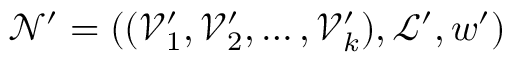
\mathcal { N } ^ { \prime } = ( ( \mathcal { V } _ { 1 } ^ { \prime } , \mathcal { V } _ { 2 } ^ { \prime } , \ldots , \mathcal { V } _ { k } ^ { \prime } ) , \mathcal { L } ^ { \prime } , w ^ { \prime } )